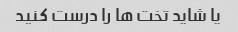
یا شاید تخت ها را درست کنید